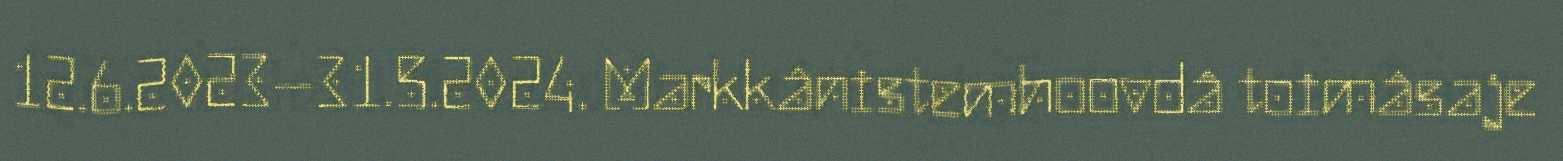
12.6.2023–31.5.2024. Markkânistemhoovdâ toimâsaje